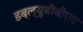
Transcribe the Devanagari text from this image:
डब्ल्यूबीबीएम